Note on the mental hospitals in Burma - 1925-1940
Year: 1925
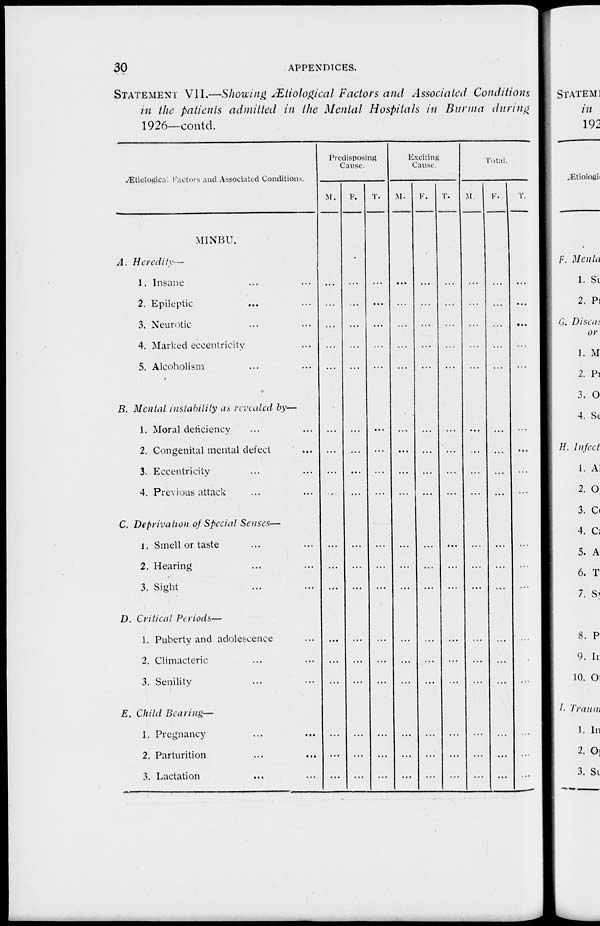
30
APPENDICES.
STATEMENT VII.—Showing Ætiological Factors and Associated Conditions
in the patients admitted in the Mental Hospitals in Burma during
1926—contd.
Ætiological Factors and Associated Conditions.
MINBU.
A. Heredity—
1. Insane ... ...
2. Epileptic ... ...
3. Neurotic ... ...
4. Marked eccentricity ...
5. Alcoholism ... ...
B. Mental instability as revealed by—
1. Moral deficiency ... ...
2. Congenital mental defect ...
3. Eccentricity ... ...
4. Previous attack ...
C. Deprivation of Special Senses—
1. Smell or taste ... ...
2. Hearing ... ...
3. Sight ... ...
D. Critical Periods—
1. Puberty and adolescence ...
2. Climacteric ... ...
3. Senility ... ...
E. Child Bearing—
1. Pregnancy ... ...
2. Parturition ... ...
3. Lactation ... ...
Predisposing
Cause.
M.
...
...
...
...
...
...
...
...
...
...
...
...
...
...
...
...
...
...
F.
...
...
...
...
...
...
...
...
...
...
...
...
...
...
...
...
...
...
T.
...
...
...
...
...
...
...
...
...
...
...
...
...
...
...
...
...
...
Exciting
Cause.
M.
...
...
...
...
...
...
...
...
...
...
...
...
...
...
...
...
...
...
F.
...
...
...
...
...
...
...
...
...
...
...
...
...
...
...
...
...
...
T.
...
...
...
...
...
...
...
...
...
...
...
...
...
...
...
...
...
Total.
M.
...
...
...
...
...
...
...
...
...
...
...
...
...
...
...
...
...
...
F.
...
...
...
...
...
...
...
...
...
...
...
...
...
...
...
...
...
...
T.
...
...
...
...
...
...
...
...
...
...
...
...
...
...
...
...
...
...